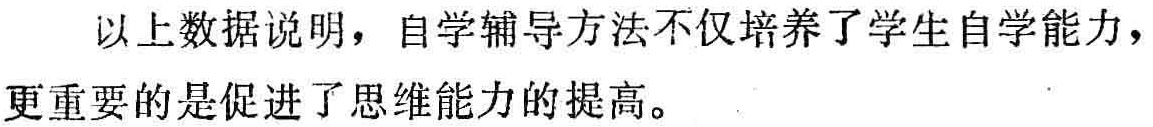
以上数据说明，自学辅导方法不仅培养了学生自学能力，更重要的是促进了思维能力的提高。